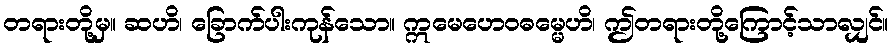
တရားတို့မှ။ ဆဟိ၊ ခြောက်ပါးကုန်သော။ ဣမေဟေဝဓမ္မေဟိ၊ ဤတရားတို့ကြောင့်သာလျှင်။